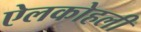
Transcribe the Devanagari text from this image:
ऐलकोहली